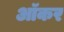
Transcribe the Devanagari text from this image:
ऑकर